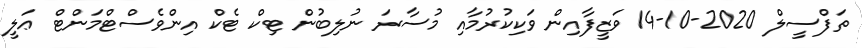
ތަފްސީލް 2020-10-14 ވަޒީފާއިން ވަކިކުރުމާއި މުސާރަ ނުލިބުން ޓިކް ޓެކް އިންވެސްޓްމަންޓް ޢަލީ